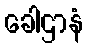
ခေါဌာနံ